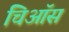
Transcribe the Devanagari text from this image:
चिऑस